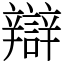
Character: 辯